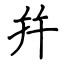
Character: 幷